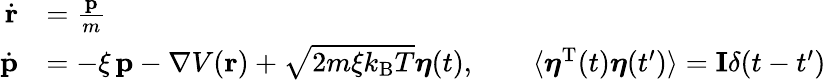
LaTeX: {\begin{array}{rl}{{\dot{\mathbf{r}}}}&{={\frac{\mathbf{p}}{m}}}\\ {{\dot{\mathbf{p}}}}&{=-\xi\, \mathbf{p}-\nabla V(\mathbf{r})+{\sqrt{2m\xi k_{\mathrm{B}}T}}{\boldsymbol{\eta}}(t),\qquad\langle{\boldsymbol{\eta}}^{\mathrm{T}}(t){\boldsymbol{\eta}}(t^{\prime})\rangle=\mathbf{I}\delta(t-t^{\prime})}\end{array}}